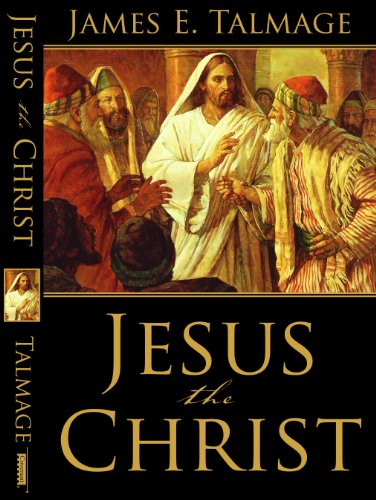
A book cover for Jesus the Christ; James E. Talmage; Christian Books & Bibles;